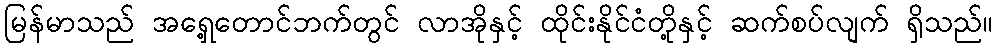
မြန်မာသည် အရှေ့တောင်ဘက်တွင် လာအိုနှင့် ထိုင်းနိုင်ငံတို့နှင့် ဆက်စပ်လျက် ရှိသည်။